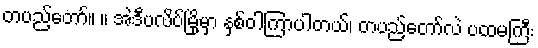
တပည့်တော်။ ။ အဲဒီပလိပ်မြို့မှာ နှစ်ဝါကြာပါတယ်၊ တပည့်တော်လဲ ပထမကြီး